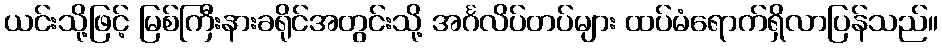
ယင်းသို့ဖြင့် မြစ်ကြီးနားခရိုင်အတွင်းသို့ အင်္ဂလိပ်တပ်များ ထပ်မံရောက်ရှိလာပြန်သည်။